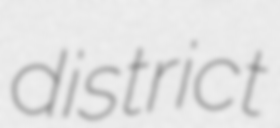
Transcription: district